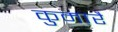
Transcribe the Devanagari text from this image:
कुमारै